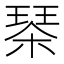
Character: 𣗜